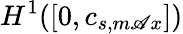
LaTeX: H^{1}([0,c_{s,m\mathscr{A}x}])